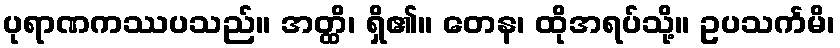
ပုရာဏကဿပသည်။ အတ္ထိ၊ ရှိ၏။ တေန၊ ထိုအရပ်သို့။ ဥပသင်္ကမိ၊